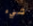
شيء